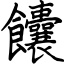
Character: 饢